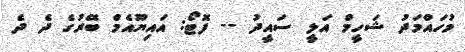
މުހައްމަދު ޝަހީމް އަލީ ސައީދު -- ފޮޓޯ: އައިޔޫއެމް ބޭރުގެ ދެ ދެ